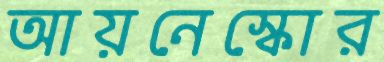
আয়নেস্কোর